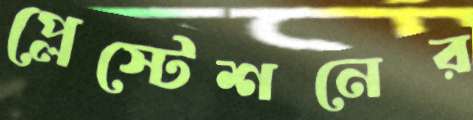
প্লেস্টেশনের